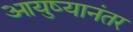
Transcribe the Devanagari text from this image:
आयुष्यानंतर